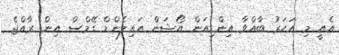
އެއީ މި އަހަރު ބާއްވާ އިންޑިއަން އޯޝަން އައިލެންޑް ގޭމްސް އިން ރާއްޖެ